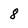
Character: 8